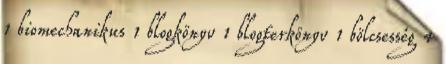
1 biomechanikus 1 blogkönyv 1 blogterkönyv 1 bölcsesség 4